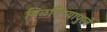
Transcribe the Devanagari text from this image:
मिळविण्यापुरते